Annual administration report of the Civil Veterinary Department, Ajmere-Merwara, British Rajputana - 1914-1940
Year: 1914
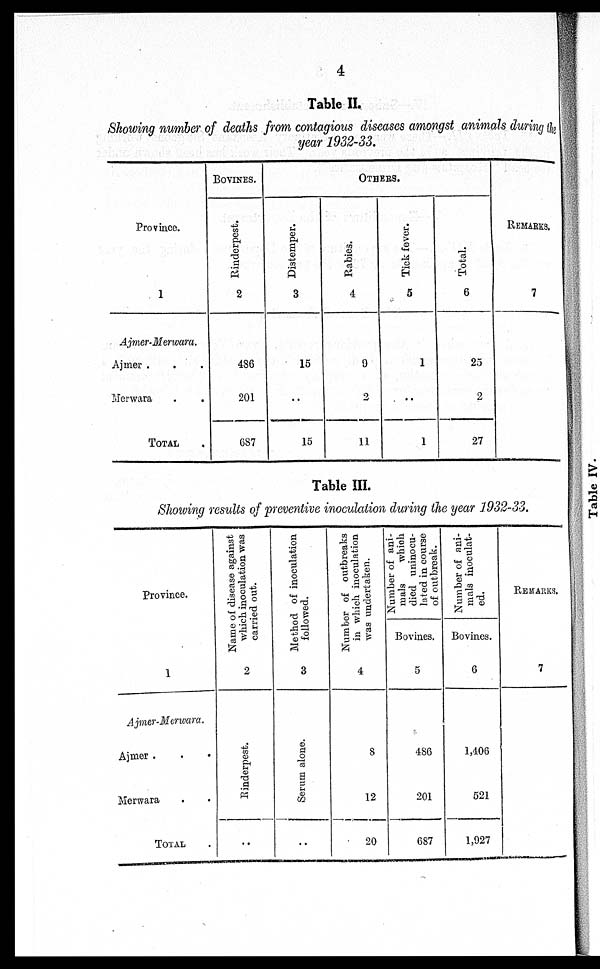
4
Table II.
Showing number of deaths from contagious diseases amongst animals during the
year 1932-33.
Province.
1
Ajmer-Merwara.
Ajmer . . .
Merwara . .
TOTAL
BOVINCE.
Rinderpest.
2
486
201
687
OTHERS.
Distemper.
3
15
..
15
Rabies.
4
9
2
11
Tick fever.
5
1
..
1
Total.
6
25
2
27
REMARKS.
7
Table III.
Showing results of preventive inoculation during the year 1932-33.
Province.
1
Ajmer-Merwara.
Ajmer . . .
Merwara . .
TOTAL .
Name of disease against
which
inoculation was
carried out.
2
Rinderpest.
..
Method of inoculation
followed.
3
Serum alone.
..
Number of outbreaks
in which inoculation
was undertaken.
4
8
12
20
Number of ani-
mals
which
died uninocu-
lated
in course
of outbreak.
Bovines.
5
486
201
687
Number of ani-
mals inoculat-
ed.
Bovines
6
1,406
521
1,927
REMARKS.
7